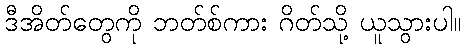
ဒီအိတ်တွေကို ဘတ်စ်ကား ဂိတ်သို့ ယူသွားပါ။